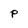
Character: p